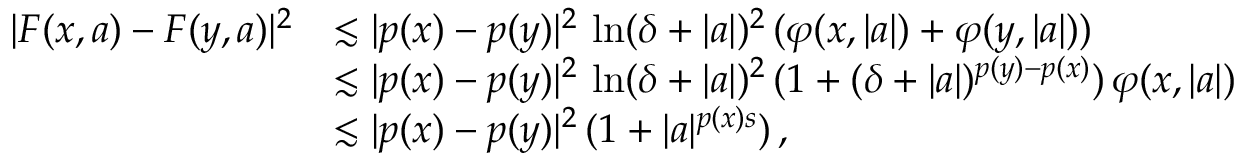
\begin{array} { r } { \begin{array} { r l } { \vert F ( x , a ) - F ( y , a ) \vert ^ { 2 } } & { \lesssim \vert p ( x ) - p ( y ) \vert ^ { 2 } \, \ln ( \delta + \vert a \vert ) ^ { 2 } \, ( \varphi ( x , \vert a \vert ) + \varphi ( y , \vert a \vert ) ) } \\ & { \lesssim \vert p ( x ) - p ( y ) \vert ^ { 2 } \, \ln ( \delta + \vert a \vert ) ^ { 2 } \, ( 1 + ( \delta + \vert a \vert ) ^ { p ( y ) - p ( x ) } ) \, \varphi ( x , \vert a \vert ) } \\ & { \lesssim \vert p ( x ) - p ( y ) \vert ^ { 2 } \, ( 1 + \vert a \vert ^ { p ( x ) s } ) \, , } \end{array} } \end{array}